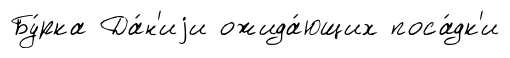
Бу́рка Да́н'иjи ожида́ющих поса́дк'и